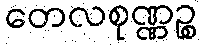
တေလစုဏ္ဏဉ္စ